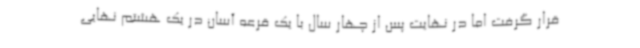
قرار گرفت اما در نهایت پس از چهار سال با یک قرعه آسان در یک هشتم نهایی